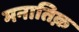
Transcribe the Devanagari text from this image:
मनातिक़